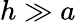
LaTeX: h\gg a